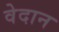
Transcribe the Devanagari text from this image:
वेदान